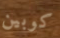
كوبين